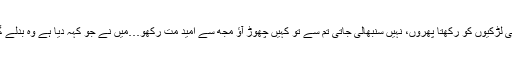
’’تو فراہم کرو تم اسے خاندان کی ضرورت، یہ میری حویلی ہے کوئی یتیم خانہ نہیں کہ میں اس جیسی لڑکیوں کو رکھتا پھروں، نہیں سنبھالی جاتی تم سے تو کہیں چھوڑ آؤ مجھ سے امید مت رکھو…میں نے جو کہہ دیا ہے وہ بدلے گا نہیں…اگر مجھ سے یا اس حویلی کے کسی فرد سے تعلق رکھنا چاہتے ہو تو یہی شرط ہے میری۔